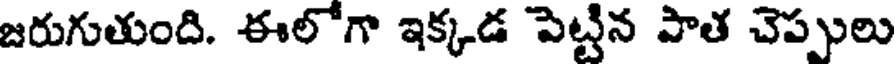
జరుగుతుంది. ఈలోగా ఇక్కడ పెట్టిన పాత చెప్పులు